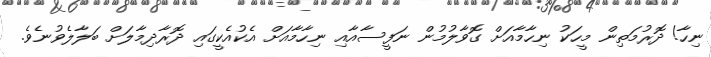
ނިހާ! ދޮރުމަތިން މީހަކު ނިހާމާއަށް ގޮވާލުމުން ނަފީސާއާއި ނިހާމާއަށް އެކުއެކީގައި ދޮރާދިމާލަށް ބަލާލެވުނެވެ.